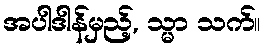
အပါဒါန်မှည့်, သ္မာ သက်။